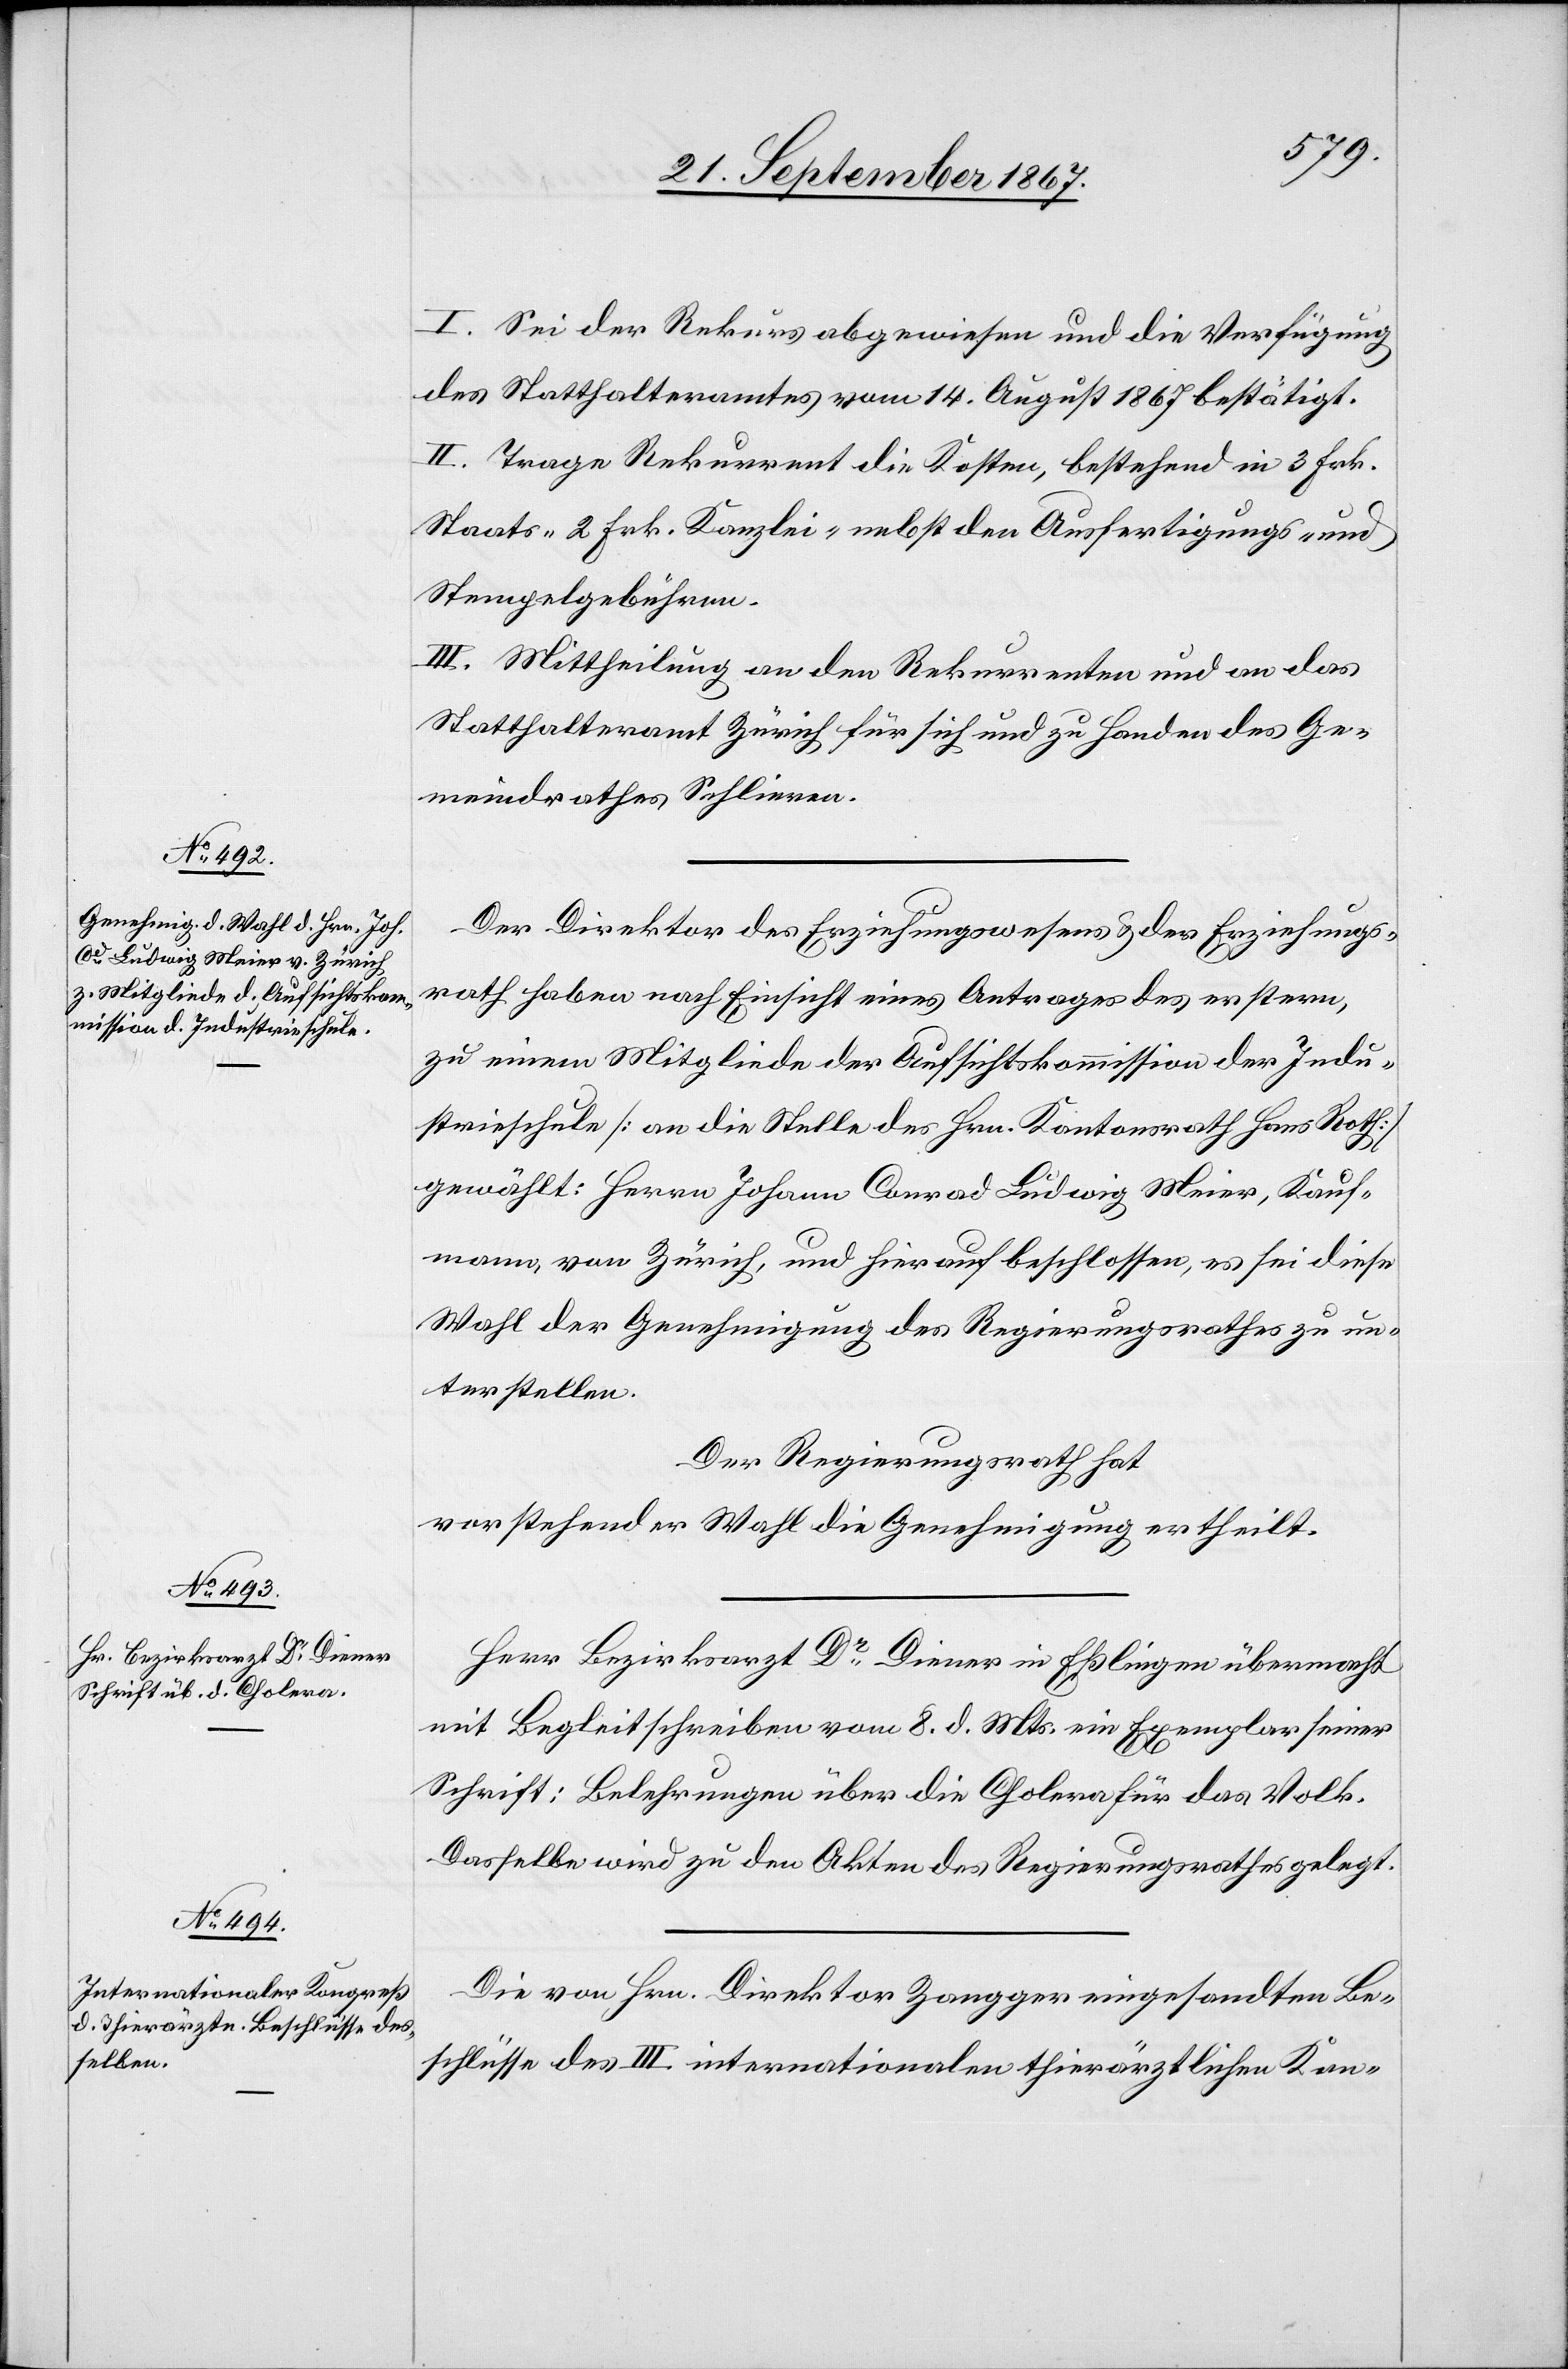
I. Sei der Rekurs abgewiesen und die Verfügung
des Statthalteramtes vom 14. August 1867 bestätigt.
II. Trage Rekurrent die Kosten, bestehend in 3 Frk.
Staats-[,] 2 Frk. Kanzlei- nebst den Ausfertigungs- und
Stempelgebühren.
III. Mittheilung an den Rekurrenten und an das
Statthalteramt Zürich für sich und zu Handen des Ge¬
meindrathes Schlieren.
Der Direktor des Erziehungswesens u. der Erziehungs¬
rath haben nach Einsicht eines Antrages des erstern,
zu einem Mitgliede der Aufsichtskommission der Indu¬
strieschule [an die Stelle des Hrn. Kantonsrath Hans Roth]
gewählt: Herrn Johann Conrad Ludwig Meier, Kauf¬
mann von Zürich, und hierauf beschlossen, es sei diese
Wahl der Genehmigung des Regierungsrathes zu un¬
terstellen.
Der Regierungsrath hat,
vorstehender Wahl die Genehmigung ertheilt.
Herr Bezirksarzt Dr. Diener in Eßlingen übermacht
mit Begleitschreiben vom 8. d. Mts. ein Exemplar seiner
Schrift: Belehrungen über die Cholera für das Volk.
Dasselbe wird zu den Akten des Regierungsrathes gelegt.
Die von Hrn. Direktor Zangger eingesandten Be¬
schlüsse des III internationalen thierärztlichen Kon-